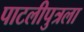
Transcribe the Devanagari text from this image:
पाटलीपुत्रला